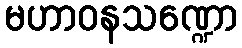
မဟာဝနသဏ္ဍော